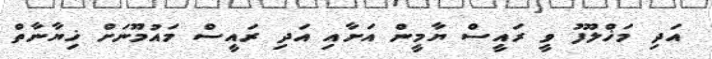
އަދި މަޚްލޫފު ވީ ރައީސް ޔާމީން އަށާއި އަދި ރައީސް މައުމޫނަށް ޚިޔާނާތް